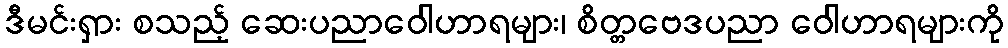
ဒီမင်းရှား စသည့် ဆေးပညာဝေါဟာရများ၊ စိတ္တဗေဒပညာ ဝေါဟာရများကို